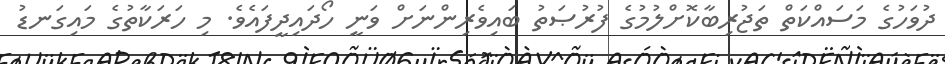
ދުވަހުގެ މަސައްކަތް ތަޖުރިބާކޮށްލުމުގެ ފުރުޞަތު ބައިވެރިންނަށް ވަނީ ހޯދައިދީފައެވެ. މި ހަރަކާތުގެ މައިގަނޑު